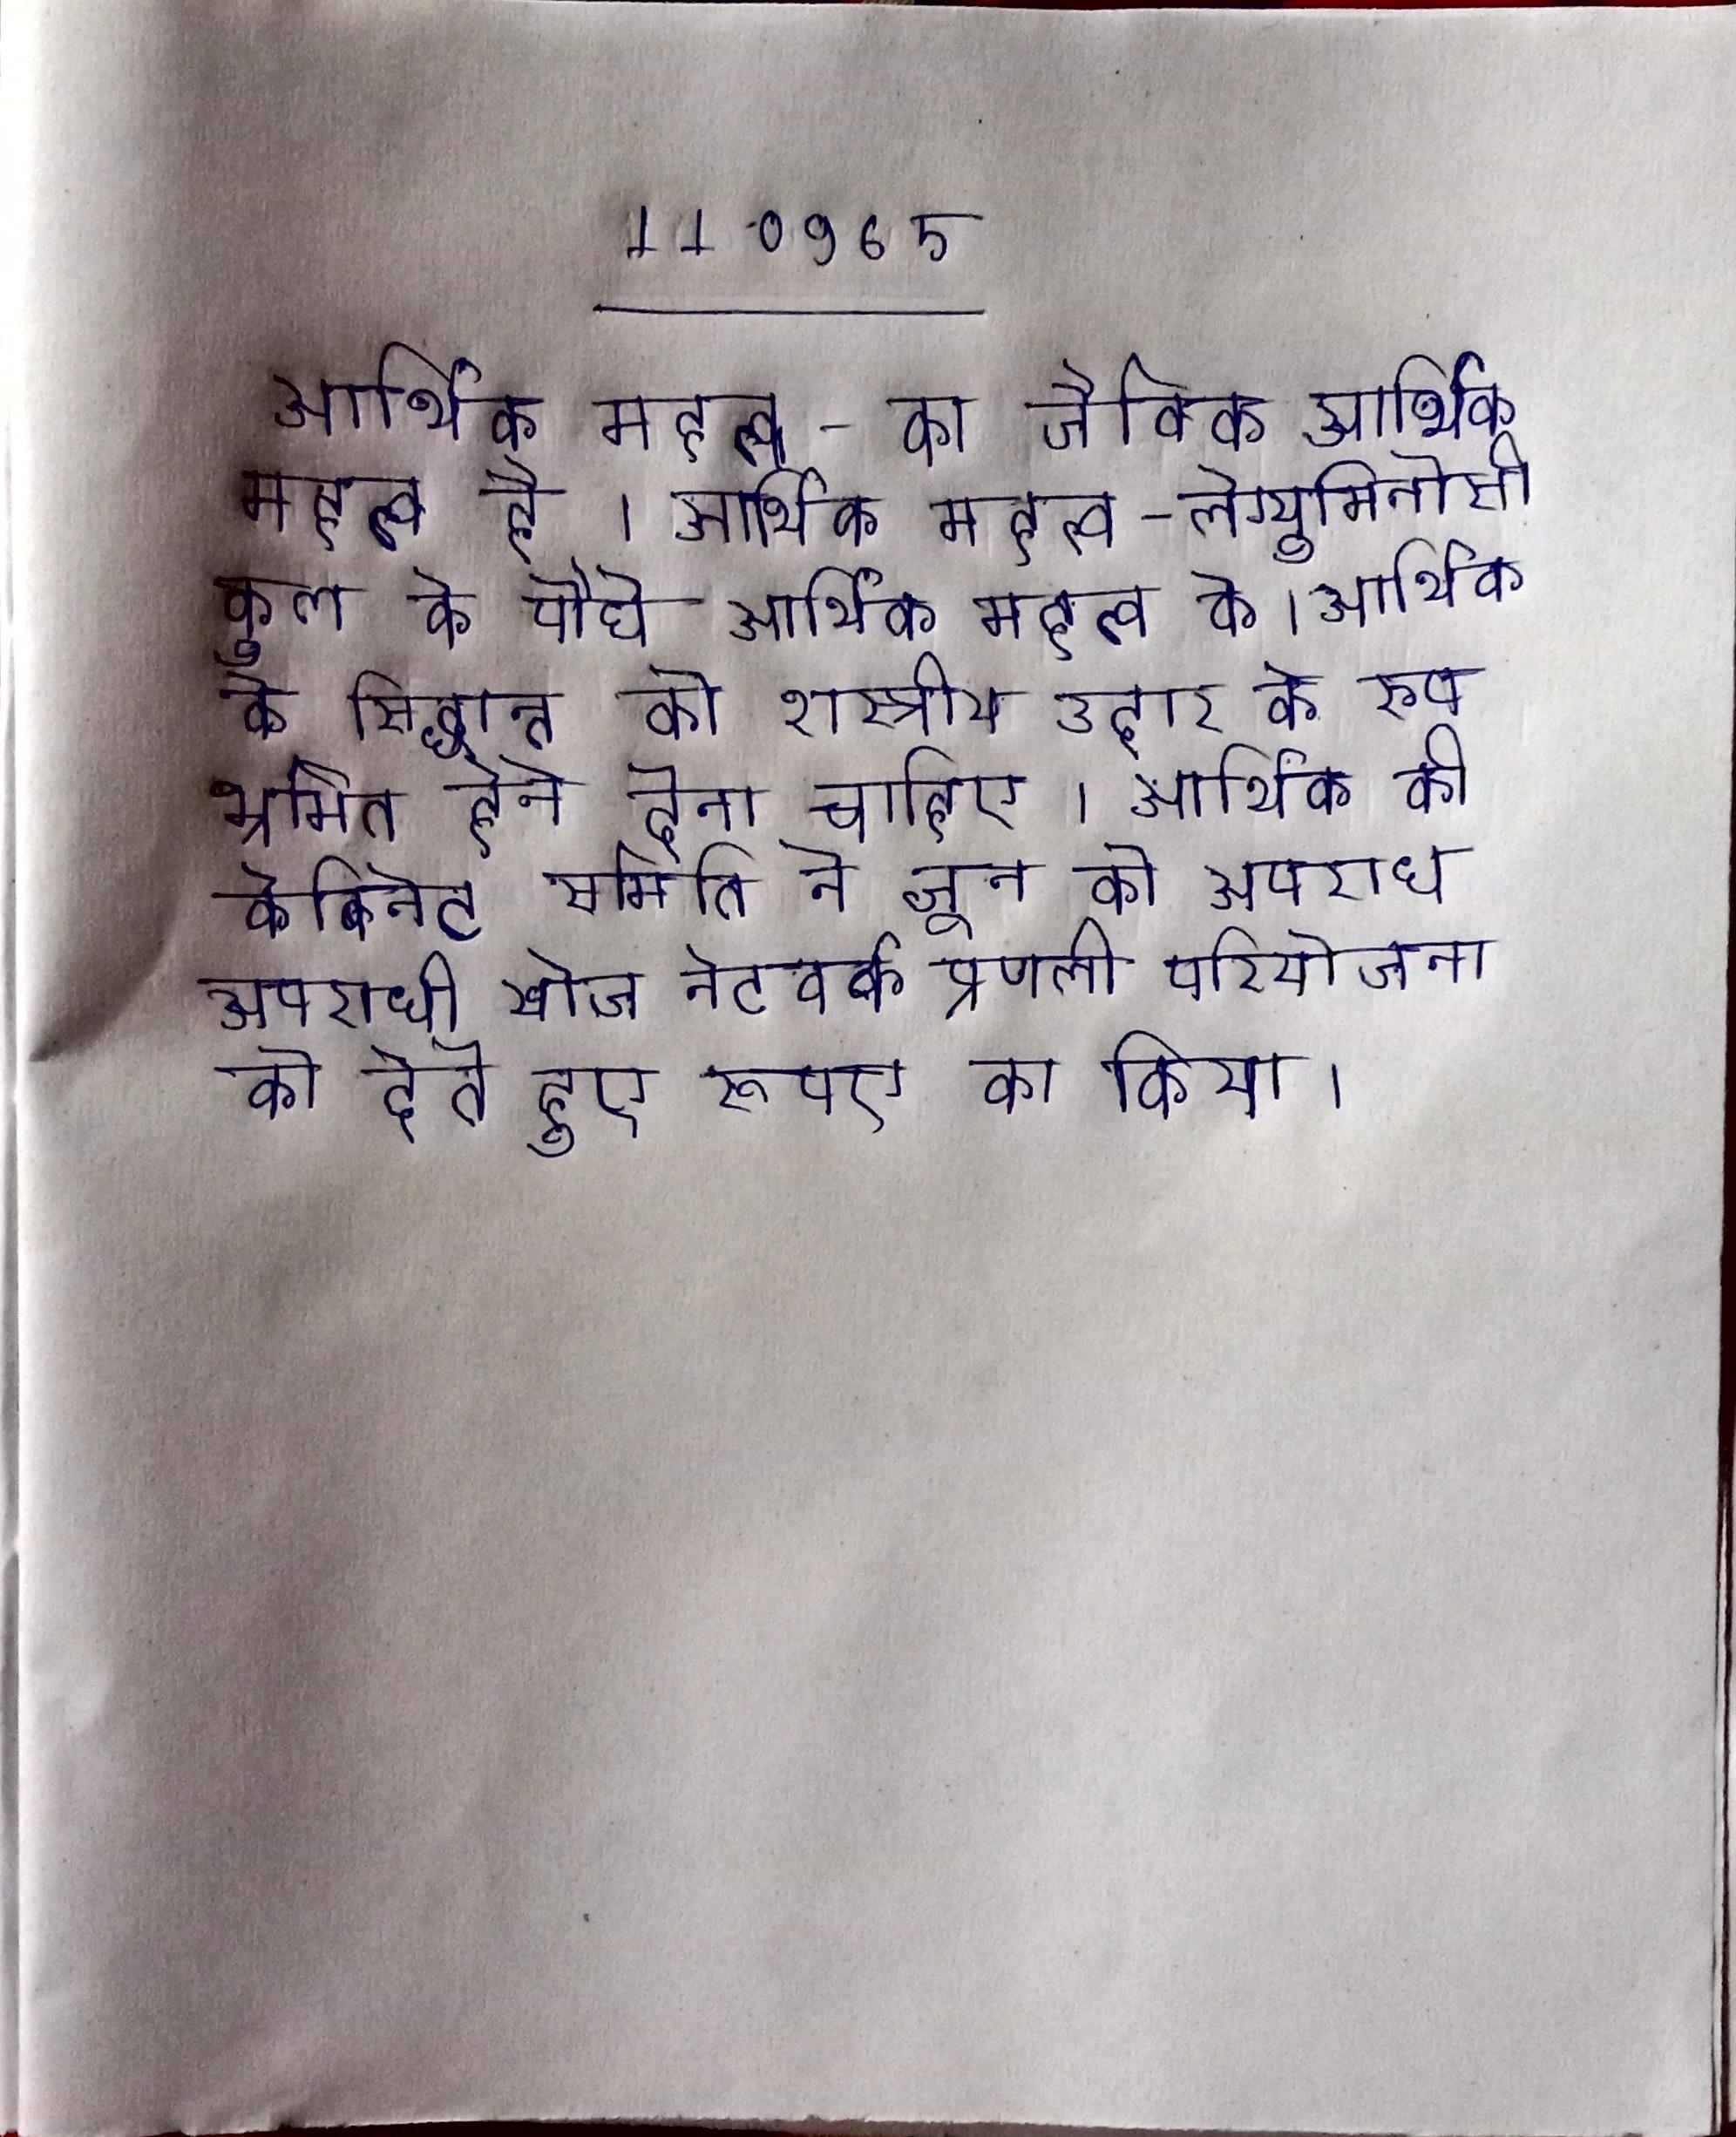
आर्थिक महत्व - का जैविक आर्थिक महत्व है । आर्थिक महत्व - लेग्युमिनोसी कुल के पौधे आर्थिक महत्व के । आर्थिक के सिद्धान्त को शास्त्रीय उदार के रूप भ्रमित होने देना चाहिए । आर्थिक की केबिनेट समिति ने जून को अपराध अपराधी खोज नेटवर्क प्रणाली परियोजना को देते हुए रुपए का किया ।